Annual report of the Bengal Veterinary College and of the Civil Veterinary Department, Bengal, for the year 1910-1911 - 1910-1911
Year: 1910
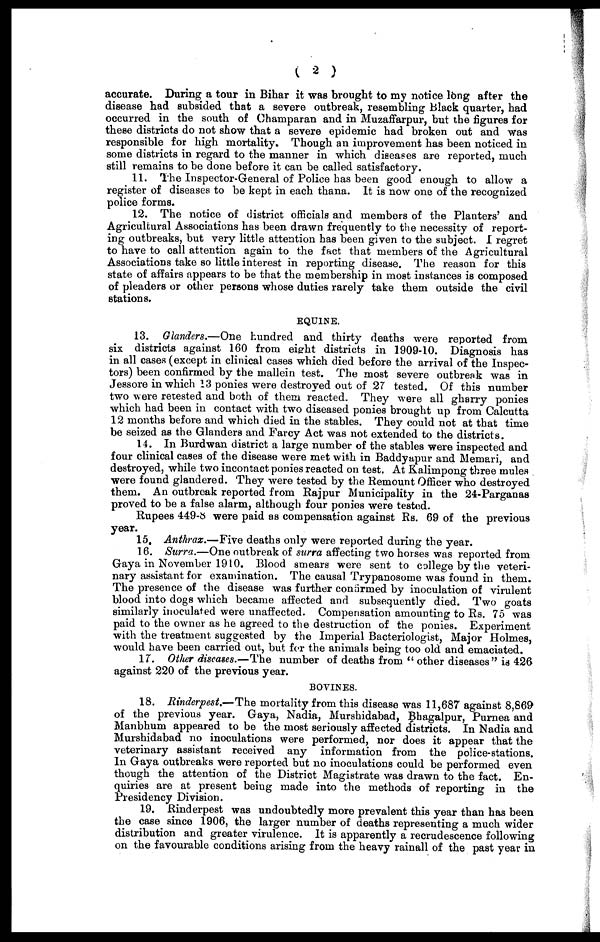
( 2 )
accurate. During a tour in Bihar it was brought to my notice long after the
disease had subsided that a severe outbreak, resembling Black quarter, had
occurred in the south of Champaran and in Muzaffarpur, but the figures for
these districts do not show that a severe epidemic had broken out and was
responsible for high mortality. Though an improvement has been noticed in
some districts in regard to the manner in which diseases are reported, much
still remains to be done before it can be called satisfactory.
11. The Inspector-General of Police has been good enough to allow a
register of diseases to be kept in each thana. It is now one of the recognized
police forms.
12. The notice of district officials and members of the Planters' and
Agricultural Associations has been drawn frequently to the necessity of report-
ing outbreaks, but very little attention has been given to the subject. I regret
to have to call attention again to the fact that members of the Agricultural
Associations take so little interest in reporting disease. The reason for this
state of affairs appears to be that the membership in most instances is composed
of pleaders or other persons whose duties rarely take them outside the civil
stations.
EQUINE.
13. Glanders.—One hundred and thirty deaths were reported from
six districts against 160 from eight districts in 1909-10. Diagnosis has
in all cases (except in clinical cases which died before the arrival of the Inspec-
tors) been confirmed by the mallein test. The most severe outbreak was in
Jessore in which 13 ponies were destroyed out of 27 tested. Of this number
two were retested and both of them reacted. They were all gharry ponies
which had been in contact with two diseased ponies brought up from Calcutta
12 months before and which died in the stables. They could not at that time
be seized as the Glanders and Farcy Act was not extended to the districts.
14. In Burdwan district a large number of the stables were inspected and
four clinical cases of the disease were met with in Baddyapur and Memari, and
destroyed, while two incontact ponies reacted on test. At Kalimpong three mules
were found glandered. They were tested by the Remount Officer who destroyed
them. An outbreak reported from Rajpur Municipality in the 24-Parganas
proved to be a false alarm, although four ponies were tested.
Rupees 449-8 were paid as compensation against Rs. 69 of the previous
year.
15. Anthrax.—Five deaths only were reported during the year.
16. Surra.—One outbreak of surra affecting two horses was reported from
Gaya in November 1910. Blood smears were sent to college by the veteri-
nary assistant for examination. The causal Trypanosome was found in them.
The presence of the disease was further con armed by inoculation of virulent
blood into dogs which became affected and subsequently died. Two goats
similarly inoculated were unaffected. Compensation amounting to Rs. 75 was
paid to the owner as he agreed to the destruction of the ponies. Experiment
with the treatment suggested by the Imperial Bacteriologist, Major Holmes,
would have been carried out, but for the animals being too old and emaciated.
17. Other diseases.—The number of deaths from " other diseases" is 426
against 220 of the previous year.
BOVINES.
18. Rinderpest.—The mortality from this disease was 11,687 against 8,869
of the previous year. Gaya, Nadia, Murshidabad, Bhagalpur, Purnea and
Manbhum appeared to be the most seriously affected districts. In Nadia and
Murshidabad no inoculations were performed, nor does it appear that the
veterinary assistant received any information from the police-stations.
In Gaya outbreaks were reported but no inoculations could be performed even
though the attention of the District Magistrate was drawn to the fact. En-
quiries are at present being made into the methods of reporting in the
Presidency Division.
19. Rinderpest was undoubtedly more prevalent this year than has been
the case since 1906, the larger number of deaths representing a much wider
distribution and greater virulence. It is apparently a recrudescence following
on the favourable conditions arising from the heavy rainall of the past year in